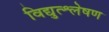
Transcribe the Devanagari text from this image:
विद्युत्श्लेषण